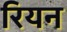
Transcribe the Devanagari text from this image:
रियन